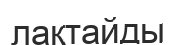
лақтайды